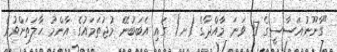
"ގާނޫނުއަސާސީގެ 17 ވަނަ މާއްދާގެ (ށ) ގައި އެބަބުނޭ މުޖުތަމައުގެ އާންމު ހާލަތަށްވުރެ